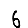
Digit: 6